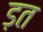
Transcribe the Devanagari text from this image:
ड़त